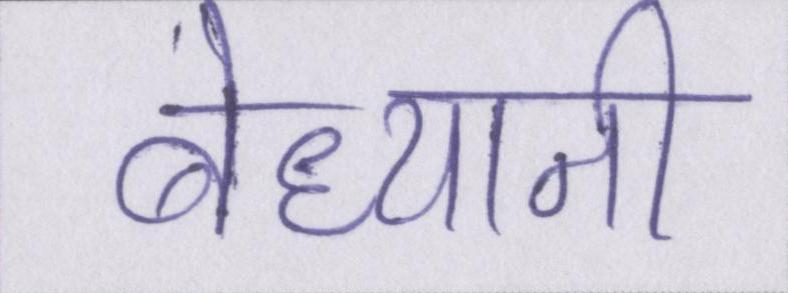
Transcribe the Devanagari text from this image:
बेध्यानी